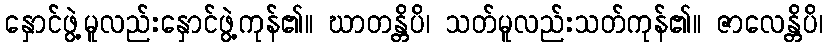
နှောင်ဖွဲ့မူလည်းနှောင်ဖွဲ့ကုန်၏။ ဃာတန္တိပိ၊ သတ်မူလည်းသတ်ကုန်၏။ ဇာလေန္တိပိ၊